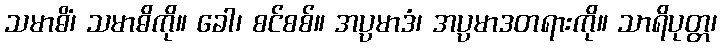
သမာဓိံ၊ သမာဓိကို။ ခေါ၊ စင်စစ်။ အပ္ပမာဒံ၊ အပ္ပမာဒတရားကို။ သာရိပုတ္တ၊